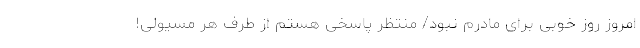
امروز روز خوبی برای مادرم نبود/ منتظر پاسخی هستم از طرف هر مسئولی!